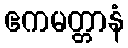
ဧကမတ္တာနံ